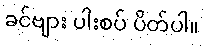
ခင်ဗျား ပါးစပ် ပိတ်ပါ။